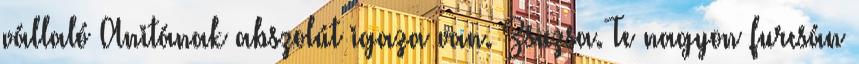
vállaló Anitának abszolút igaza van. Zsuzsa. Te nagyon furcsán